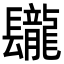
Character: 𨳁